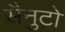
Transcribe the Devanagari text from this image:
सैनुटो